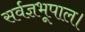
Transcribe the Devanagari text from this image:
सर्वज्ञभूपाल।